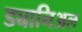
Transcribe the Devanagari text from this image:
ड्यानिअल